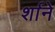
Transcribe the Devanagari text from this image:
र्शाने